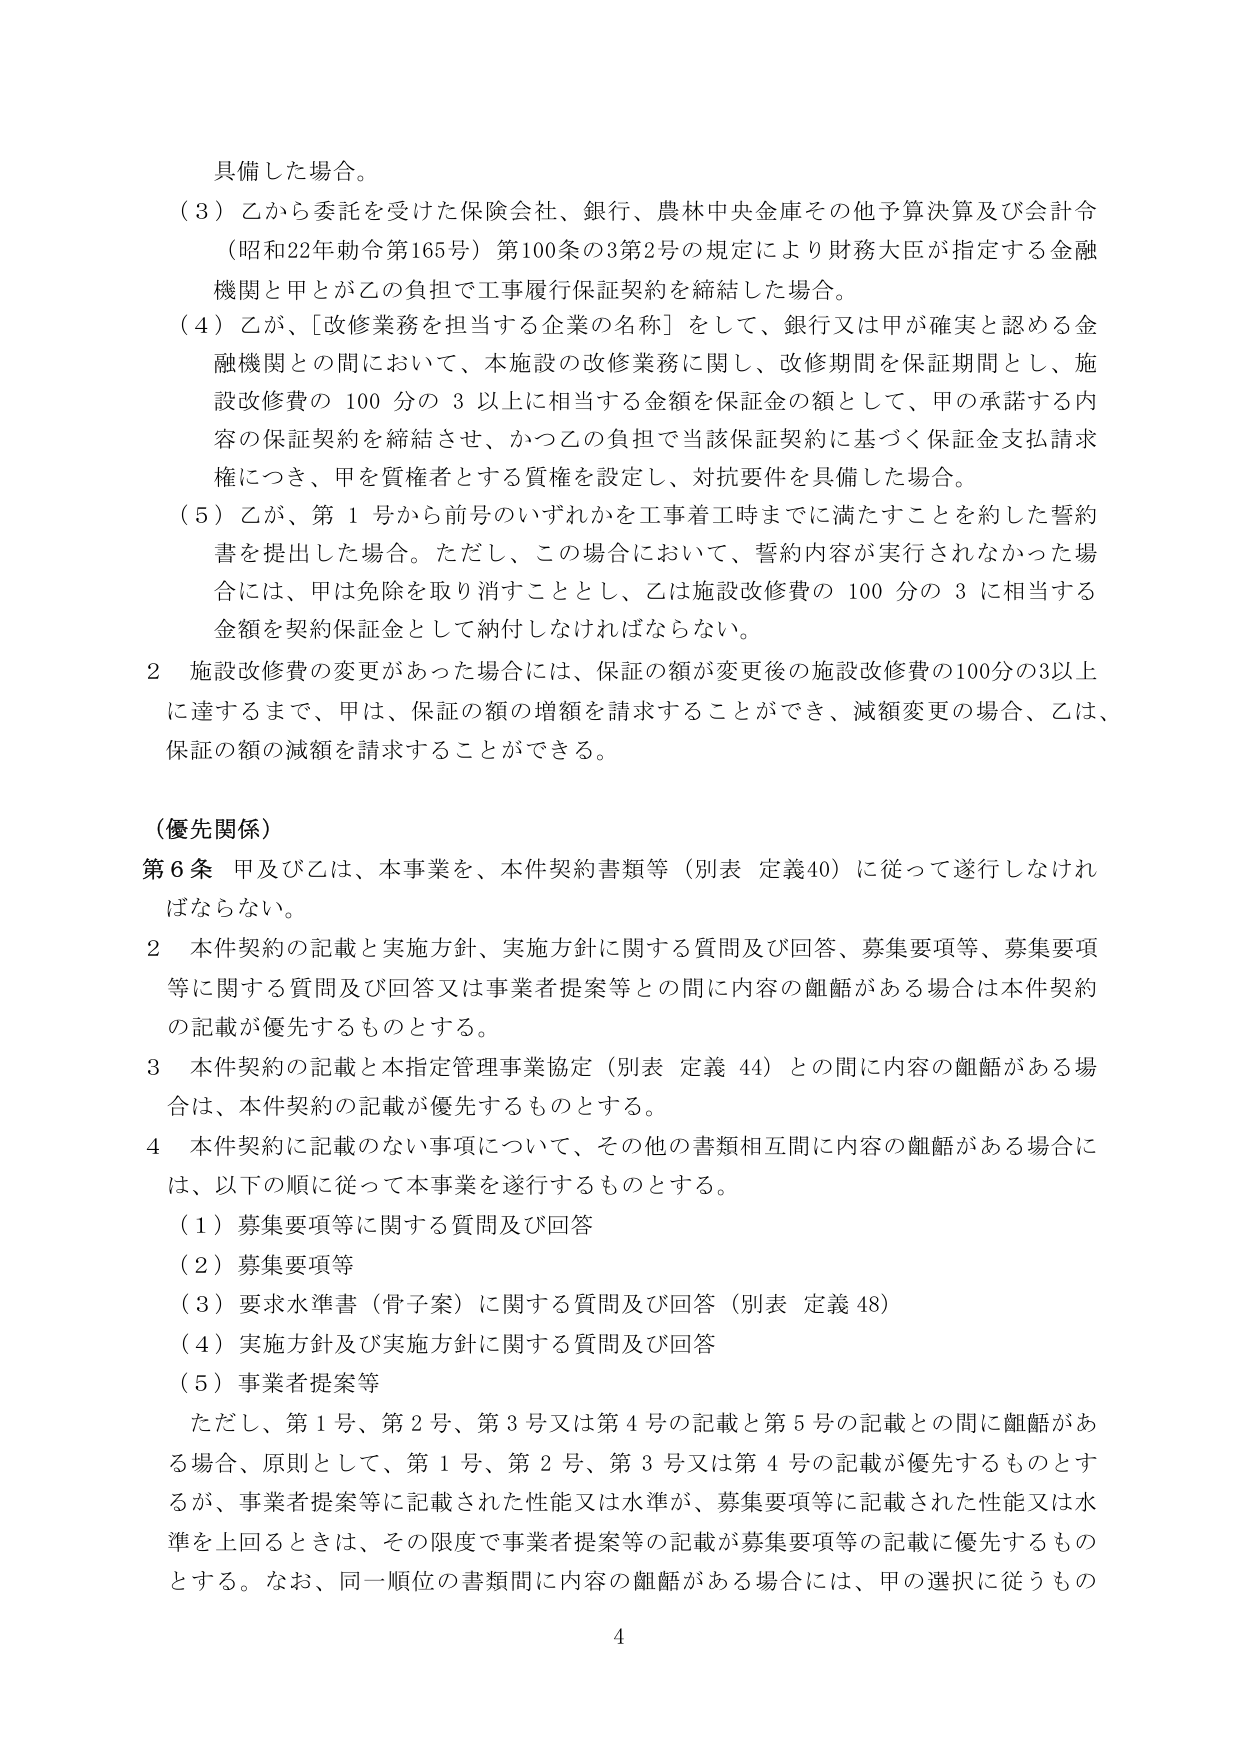
具備した場合。

（３）乙から委託を受けた保険会社、銀行、農林中央金庫その他予算決算及び会計令（昭和22年勅令第165号）第100条の3第2号の規定により財務大臣が指定する金融機関と甲とが乙の負担で工事履行保証契約を締結した場合。

（４）乙が、「改修業務を担当する企業の名称」をして、銀行又は甲が確実と認める金融機関との間において、本施設の改修業務に関し、改修期間を保証期間とし、施設改修費の100分の3以上に相当する金額を保証金の額として、甲の承諾する内容の保証契約を締結させ、かつ乙の負担で当該保証契約に基づく保証金支払請求権につき、甲を質権者とする質権を設定し、対抗要件を具備した場合。

（５）乙が、第1号から前号のいずれかを工事着工時までに満たすことを約した誓約書を提出した場合。ただし、この場合において、誓約内容が実行されなかった場合には、甲は免除を取り消すこととし、乙は施設改修費の100分の3に相当する金額を契約保証金として納付しなければならない。

２ 施設改修費の変更があった場合には、保証の額が変更後の施設改修費の100分の3以上に達するまで、甲は、保証の額の増額を請求することができ、減額変更の場合、乙は、保証の額の減額を請求することができる。

（優先関係）

第6条 甲及び乙は、本事業を、本件契約書類等（別表 定義40）に従って遂行しなければならない。

２ 本件契約の記載と実施方針、実施方針に関する質問及び回答、募集要項等、募集要項等に関する質問及び回答又は事業者提案等との間に内容の齟齬がある場合は本件契約の記載が優先するものとする。

３ 本件契約の記載と本指定管理事業協定（別表 定義44）との間に内容の齟齬がある場合は、本件契約の記載が優先するものとする。

４ 本件契約に記載のない事項について、その他の書類相互間に内容の齟齬がある場合には、以下の順に従って本事業を遂行するものとする。

（１）募集要項等に関する質問及び回答

（２）募集要項等

（３）要求水準書（骨子案）に関する質問及び回答（別表 定義48）

（４）実施方針及び実施方針に関する質問及び回答

（５）事業者提案等

ただし、第1号、第2号、第3号又は第4号の記載と第5号の記載との間に齟齬がある場合、原則として、第1号、第2号、第3号又は第4号の記載が優先するものとするが、事業者提案等に記載された性能又は水準が、募集要項等に記載された性能又は水準を上回るときは、その限度で事業者提案等の記載が募集要項等の記載に優先するものとする。なお、同一順位の書類間に内容の齟齬がある場合には、甲の選択に従うもの

4